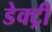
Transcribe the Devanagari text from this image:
डेक्ट्री